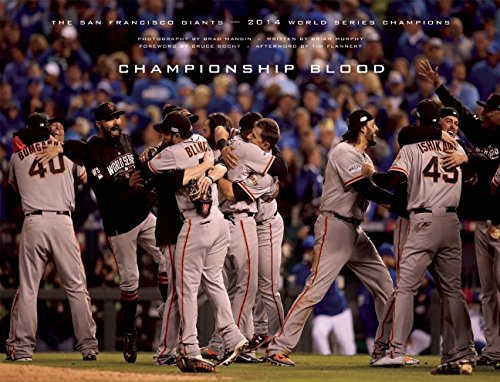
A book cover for Championship Blood: The 2014 World Series Champion San Francisco Giants; Brian Murphy; Arts & Photography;